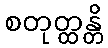
စတုတ္ထန္တိ